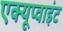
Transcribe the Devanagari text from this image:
एक्यूप्वाइंट